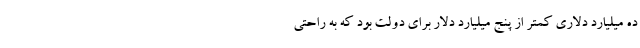
ده میلیارد دلاری کمتر از پنج میلیارد دلار برای دولت بود که به راحتی